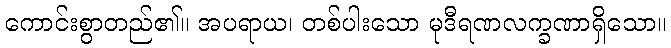
ကောင်းစွာတည်၏။ အပရာယ၊ တစ်ပါးသော မုဒီရဏလက္ခဏာရှိသော။